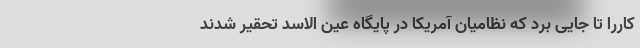
کاررا تا جایی برد که نظامیان آمریکا در پایگاه عین الاسد تحقیر شدند